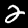
Label: 2